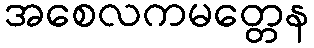
အစေလကမတ္တေန